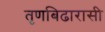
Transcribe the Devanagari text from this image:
तृणबिढारासी